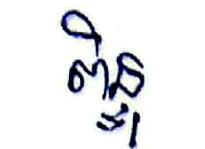
ពិន្ទុ